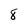
Character: 8